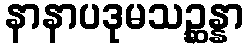
နာနာပဒုမသဉ္ဆန္နာ